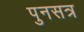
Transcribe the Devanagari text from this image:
पुनसत्र